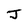
Character: J